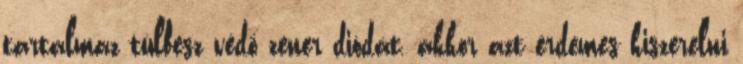
tartalmaz túlfesz védõ zener diódát, akkor azt érdemes kiszerelni